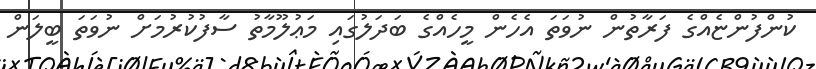
ކުންފުންޏެއްގެ ފަރާތުން ނުވަތަ އެހެން މީހެއްގެ ބަދަލުގައި މަޢުލޫމާތު ސާފުކުރުމަށް ނުވަތަ ބީލަން